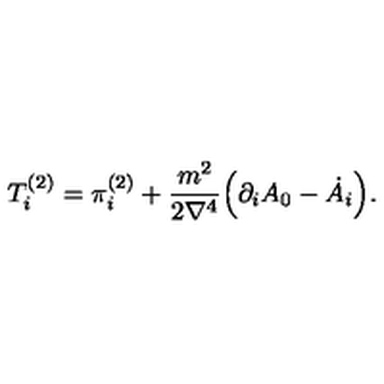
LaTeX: T _ { i } ^ { ( 2 ) } = \pi _ { i } ^ { ( 2 ) } + \frac { m ^ { 2 } } { 2 \nabla ^ { 4 } } \Bigl ( \partial _ { i } A _ { 0 } - \dot { A } _ { i } \Bigr ) .